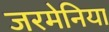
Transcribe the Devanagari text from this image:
जरमेनिया